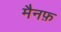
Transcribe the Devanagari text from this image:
मैनफ़